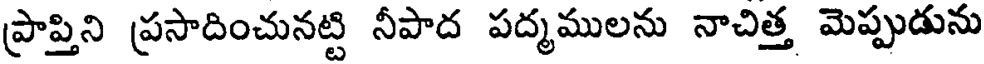
ప్రాప్తిని ప్రసాదించునట్టి నీపాద పద్మములను నాచిత్త మెప్పుడును